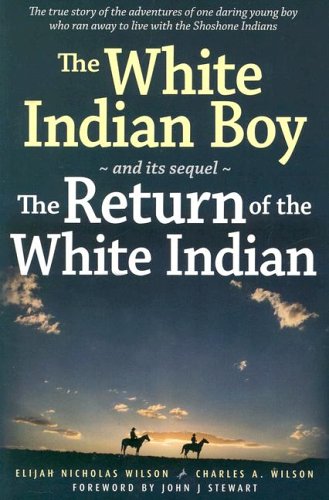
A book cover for The White Indian Boy: and its sequel The Return of the White Indian Boy; Elijah Nicholas Wilson; Biographies & Memoirs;